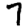
Digit: 7